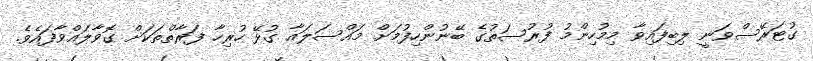
ގުޓަރޭސްވަނީ ލިބިފައިވާ މިމުހިންމު ފުރުސަތުގެ ބޭނުންހިފުމަށް މައްސަލައާ ގުޅޭ ހުރިހާ ފަރާތްތަކަށް ގޮވާލައްވާފައެވެ.